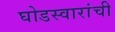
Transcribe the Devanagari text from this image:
घोडस्वारांची